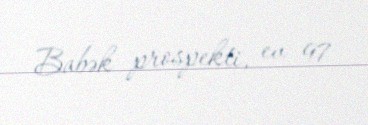
Babək prospekti, ev 97